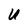
Character: U